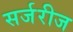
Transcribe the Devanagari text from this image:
सर्जरीज